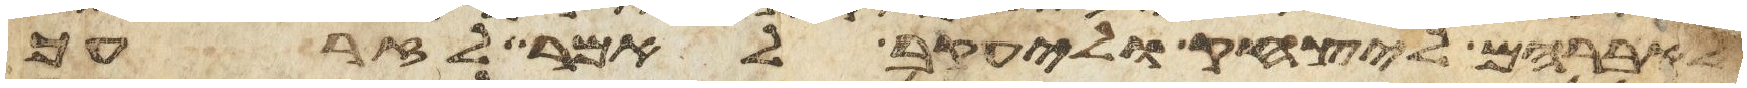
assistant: לאברהם ליצחק וליעקב לאמר לזרעך